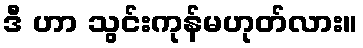
ဒီ ဟာ သွင်းကုန်မဟုတ်လား။